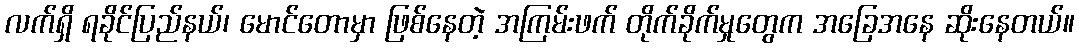
လက်ရှိ ရခိုင်ပြည်နယ်၊ မောင်တောမှာ ဖြစ်နေတဲ့ အကြမ်းဖက် တိုက်ခိုက်မှုတွေက အခြေအနေ ဆိုးနေတယ်။